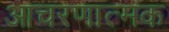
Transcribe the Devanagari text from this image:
आचरणात्मक